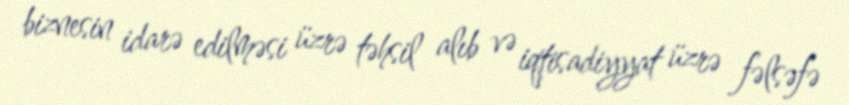
biznesin idarə edilməsi üzrə təhsil alıb və iqtisadiyyat üzrə fəlsəfə